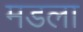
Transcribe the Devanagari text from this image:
मडला